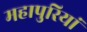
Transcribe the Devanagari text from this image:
महापुरियां